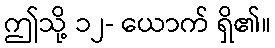
ဤသို့ ၁၂- ယောက် ရှိ၏။